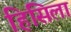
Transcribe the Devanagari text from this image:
हिसिला